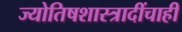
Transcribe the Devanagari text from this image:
ज्योतिषशास्त्रादींचाही